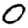
Digit: 0